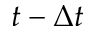
t - \Delta t